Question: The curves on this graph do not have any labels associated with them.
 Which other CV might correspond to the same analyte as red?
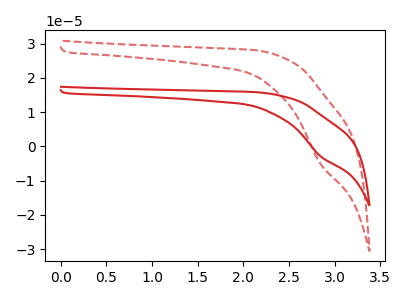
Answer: <think>The red curve "red" has a cathodic peak at: (2.85V, -2.85uA). The red dashed curve "red dashed" has a cathodic peak at: (2.85V, -5.10uA).
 All the peaks in "red" have a peak in "red dashed" at the same potential. Every peak in "red" is lower than every peak in "red dashed".</think>
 <answer>The CV with the most similar shape to "red dashed" is "red".</answer>
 <eval>"red"</eval>